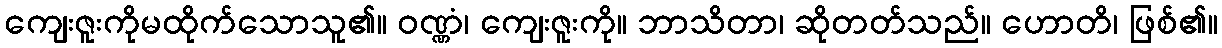
ကျေးဇူးကိုမထိုက်သောသူ၏။ ဝဏ္ဏံ၊ ကျေးဇူးကို။ ဘာသိတာ၊ ဆိုတတ်သည်။ ဟောတိ၊ ဖြစ်၏။